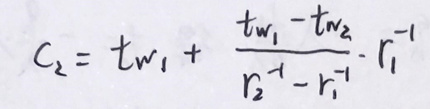
\[
C_{2}=t_{w_{1}}+\frac{t_{w_{1}} - t_{w_{2}}}{r_{2}^{-1}-r_{1}^{-1}}r_{1}^{-1}
\]